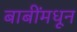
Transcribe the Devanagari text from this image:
बाबींमधून